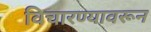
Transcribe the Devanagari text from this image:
विचारण्यावरून